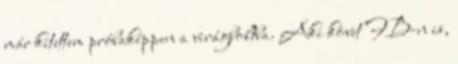
már kitettem próbaképpen a virágboltba. Aki követ FB-n is,